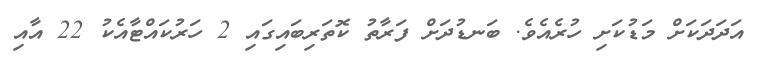
އަދަދަކަށް މަޑުކަށި ހުރެއެވެ. ބަނޑުދަށް ފަރާތު ކޮތަރިބައިގައި 2 ހަރުކައްޓާއެކު 22 އާއި